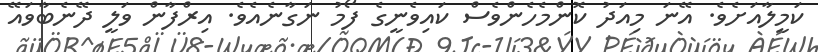
ކަމީލާއަށެވެ. އޭނަ މިއަދު ކޮންމެހެންވެސް ކައިވެނީގެ ފޯމު ނަގާނެއެވެ. އިރްފާން ވަލީ ދޭނެބާވައޭ